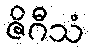
ဇိဂီသံ